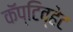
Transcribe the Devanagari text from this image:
कॅप्टिव्हेट